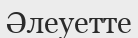
Әлеуетте